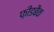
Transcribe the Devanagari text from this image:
फ़ीडबैक